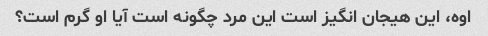
اوه، این هیجان انگیز است این مرد چگونه است آیا او گرم است؟